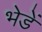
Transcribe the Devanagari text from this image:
भेडें